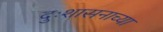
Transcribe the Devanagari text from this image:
दुःशासनाच्या